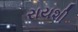
રાયશી